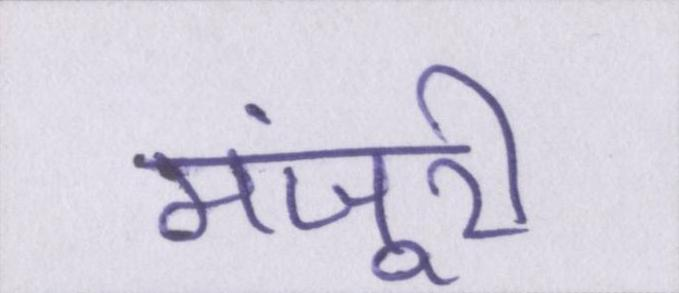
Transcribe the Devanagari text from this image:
मंजूरी